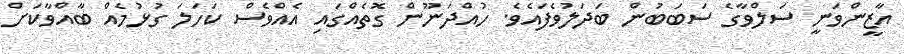
އާޒީންވަނީ ސަލްވާގެ ސަބަބުން ބަދަލުވެފައެވެ. ހުއްދަނޫން ގޮތެއްގައި އެއްވެސް ކަހަލަ ގުޅުމެއް ބާއްވާކަށް